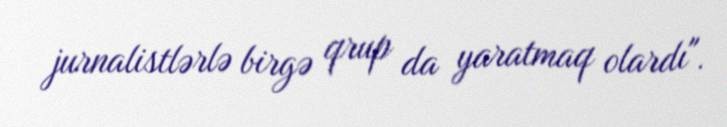
jurnalistlərlə birgə qrup da yaratmaq olardı".